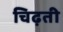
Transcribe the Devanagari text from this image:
चिढ़ती